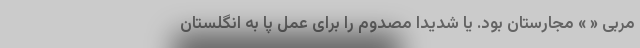
مربی « » مجارستان بود. یا شدیدا مصدوم را برای عمل پا به انگلستان